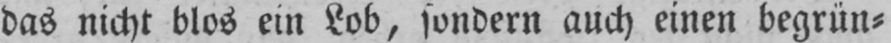
das nicht blos ein Lob, sondern auch einen begrün⸗